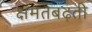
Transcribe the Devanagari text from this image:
क्षमतबढ़ती